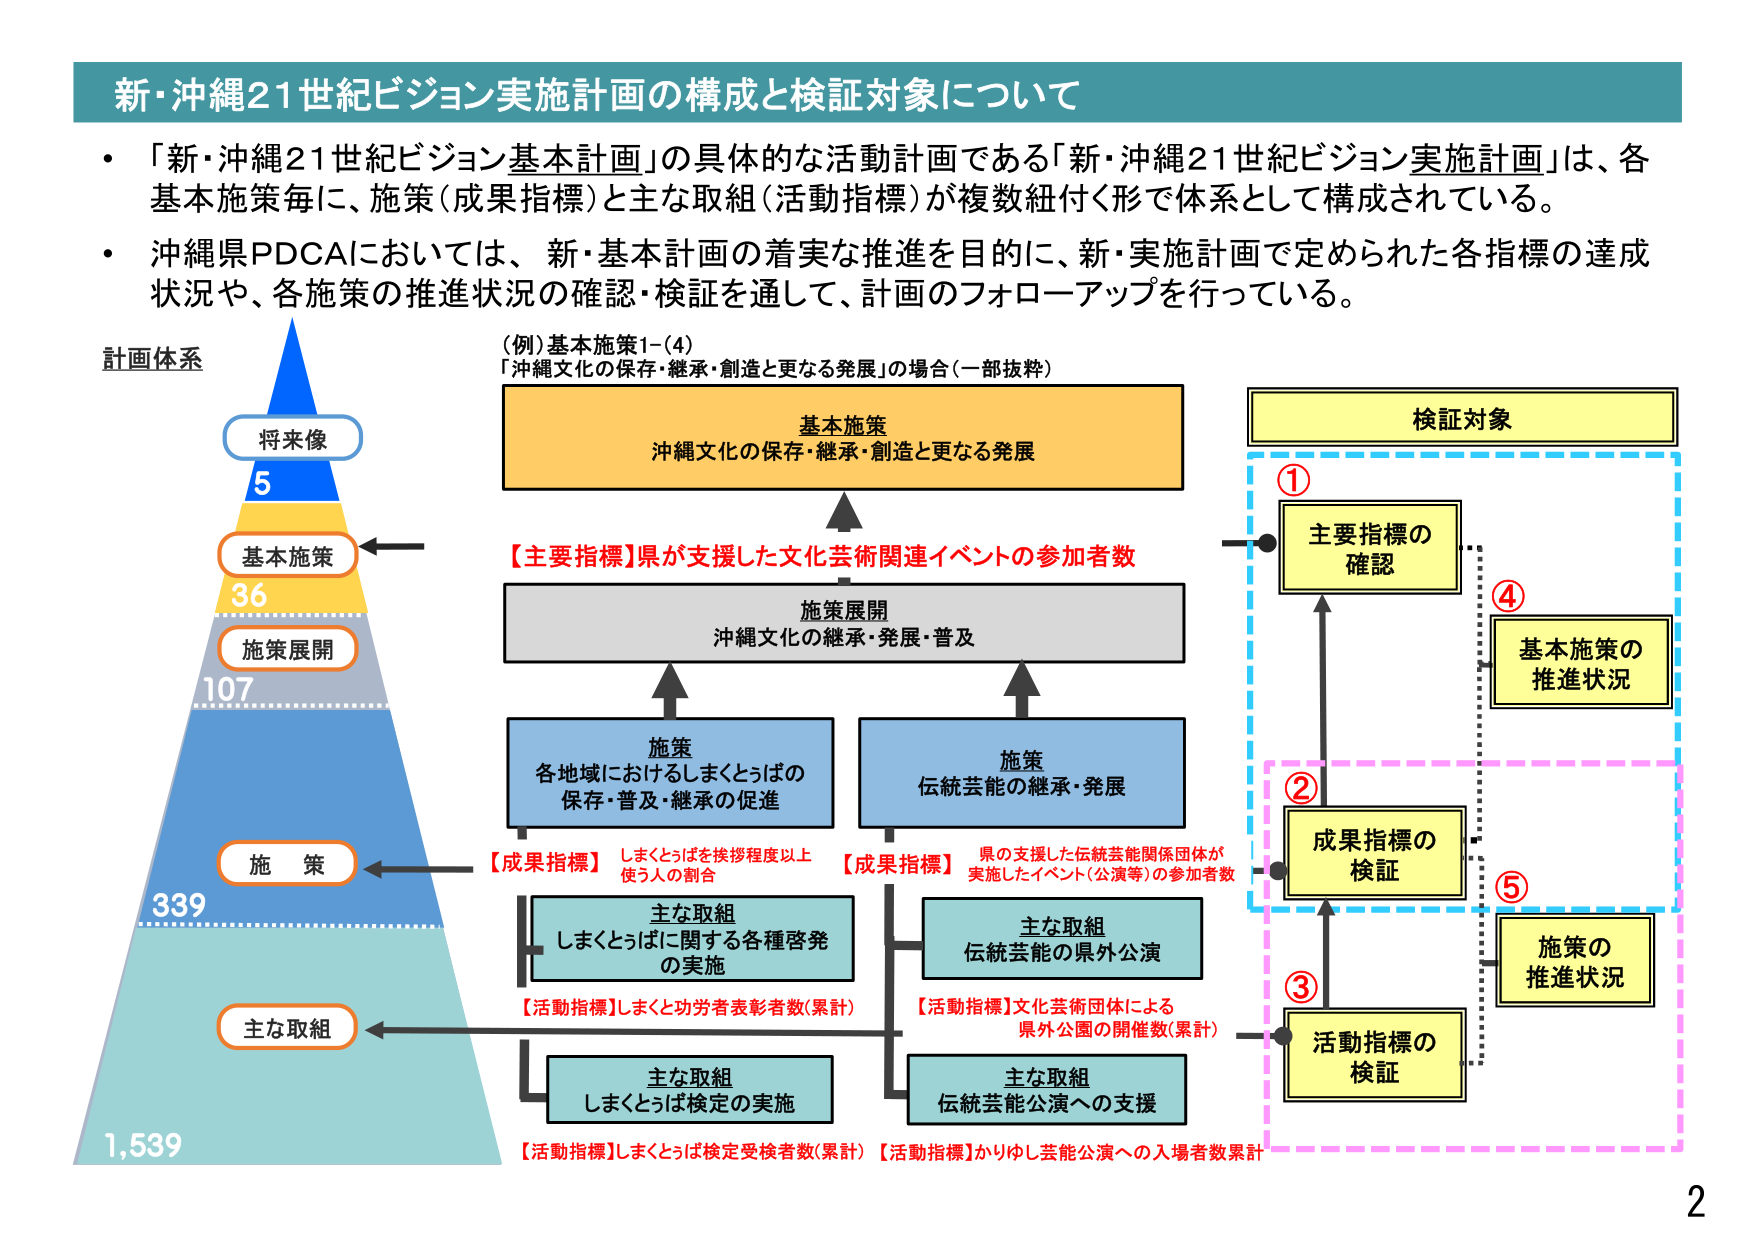
新・沖縄21世紀ビジョン実施計画の構成と検証対象について

・「新・沖縄21世紀ビジョン基本計画」の具体的な活動計画である「新・沖縄21世紀ビジョン実施計画」は、各基本施策毎に、施策（成果指標）と主な取組（活動指標）が複数紐付く形で体系として構成されている。

・沖縄県PDCAにおいては、新・基本計画の着実な推進を目的に、新・実施計画で定められた各指標の達成状況や、各施策の推進状況の確認・検証を通して、計画のフォローアップを行っている。

計画体系

将来像
5

基本施策
36

施策展開
107

施策
339

主な取組
1,539

（例）基本施策1-(4)
「沖縄文化の保存・継承・創造と更なる発展」の場合（一部抜粋）

基本施策
沖縄文化の保存・継承・創造と更なる発展

【主要指標】県が支援した文化芸術関連イベントの参加者数

施策展開
沖縄文化の継承・発展・普及

施策
各地域におけるしまくとぅばの保存・普及・継承の促進

施策
伝統芸能の継承・発展

【成果指標】しまくとぅばを接拶程度以上使う人の割合

【成果指標】県の支援した伝統芸能関係団体が実施したイベント（公演等）の参加者数

主な取組
しまくとぅばに関する各種啓発の実施

主な取組
伝統芸能の県外公演

【活動指標】しまくとぅば功労者表彰者数（累計）

【活動指標】文化芸術団体による県外公演の開催数（累計）

主な取組
しまくとぅば検定の実施

主な取組
伝統芸能公演への支援

【活動指標】しまくとぅば検定受検者数（累計）【活動指標】かりゆし芸能公演への入場者数累計

検証対象

① 主要指標の確認

② 成果指標の検証

③ 活動指標の検証

④ 基本施策の推進状況

⑤ 施策の推進状況

2